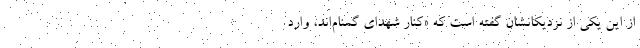
از این یکی از نزدیکانشان گفته است که «کنار شهدای گمنام‌اند، وارد